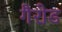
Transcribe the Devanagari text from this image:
गैरोड